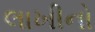
લાખીનો